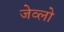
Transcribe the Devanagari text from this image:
जेव्लो